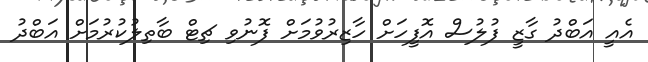
އެއީ އަބްދު ގާޒީ ފުލުސް އޮފީހަށް ހާޒިރުވުމަށް ފޮނުވި ޗިޓް ބާތިލުކުރުމަށް އަބްދު